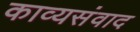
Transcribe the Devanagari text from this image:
काव्यसंवाद